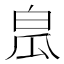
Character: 𤽡